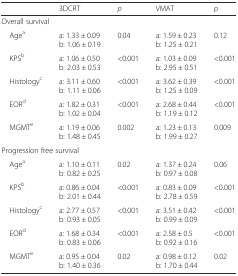
<table><thead><tr><td></td><td><b>3DCRT</b></td><td><b><i>p</i></b></td><td><b>VMAT</b></td><td><b><i>p</i></b></td></tr></thead><tbody><tr><td colspan="5">Overall survival</td></tr><tr><td> Age<sup>a</sup></td><td>a: 1.33 ± 0.09b: 1.06 ± 0.19</td><td>0.04</td><td>a: 1.59 ± 0.23b: 1.25 ± 0.21</td><td>0.12</td></tr><tr><td> KPS<sup>b</sup></td><td>a: 1.06 ± 0.50b: 2.03 ± 0.53</td><td>&lt;0.001</td><td>a: 1.03 ± 0.09b: 2.95 ± 0.51</td><td>&lt;0.001</td></tr><tr><td> Histology<sup>c</sup></td><td>a: 3.11 ± 0.60b: 1.11 ± 0.06</td><td>&lt;0.001</td><td>a: 3.62 ± 0.39b: 1.25 ± 0.09</td><td>&lt;0.001</td></tr><tr><td> EOR<sup>d</sup></td><td>a: 1.82 ± 0.31b: 1.02 ± 0.04</td><td>&lt;0.001</td><td>a: 2.68 ± 0.44b: 1.19 ± 0.12</td><td>&lt;0.001</td></tr><tr><td> MGMT<sup>e</sup></td><td>a: 1.19 ± 0.06b: 1.48 ± 0.45</td><td>0.002</td><td>a: 1.23 ± 0.13b: 1.99 ± 0.27</td><td>0.009</td></tr><tr><td colspan="5">Progression free survival</td></tr><tr><td> Age<sup>a</sup></td><td>a: 1.10 ± 0.11b: 0.82 ± 0.25</td><td>0.02</td><td>a: 1.37 ± 0.24b: 0.97 ± 0.08</td><td>0.06</td></tr><tr><td> KPS<sup>b</sup></td><td>a: 0.86 ± 0.04b: 2.01 ± 0.44</td><td>&lt;0.001</td><td>a: 0.83 ± 0.09b: 2.78 ± 0.59</td><td>&lt;0.001</td></tr><tr><td> Histology<sup>c</sup></td><td>a: 2.77 ± 0.57b: 0.93 ± 0.05</td><td>&lt;0.001</td><td>a: 3.51 ± 0.42b: 0.99 ± 0.09</td><td>&lt;0.001</td></tr><tr><td> EOR<sup>d</sup></td><td>a: 1.68 ± 0.34b: 0.83 ± 0.06</td><td>&lt;0.001</td><td>a: 2.58 ± 0.5b: 0.92 ± 0.16</td><td>&lt;0.001</td></tr><tr><td> MGMT<sup>e</sup></td><td>a: 0.95 ± 0.04b: 1.40 ± 0.36</td><td>0.02</td><td>a: 0.98 ± 0.12b: 1.70 ± 0.44</td><td>0.02</td></tr></tbody></table>